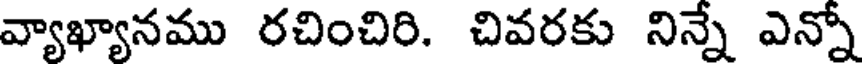
వ్యాఖ్యానము రచించిరి. చివరకు నిన్నే ఎన్నో